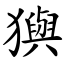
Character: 㺞